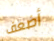
أضعف